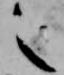
之